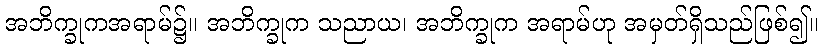
အဘိက္ခုကအရာမ်၌။ အဘိက္ခုက သညာယ၊ အဘိက္ခုက အရာမ်ဟု အမှတ်ရှိသည်ဖြစ်၍။